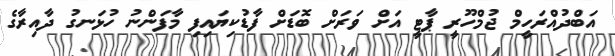
އަބްދުއްރަހީމް ޖުމްހޫރީ ޕާޓީ އަށް ވަރަށް ބޮޑަށް ފާޑުކިޔައިފި މާފަންނު ހުޅަނގު ދާއިރާގެ